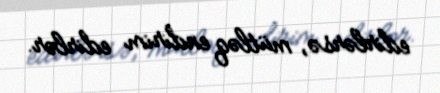
edirlərsə, mütləq endirim edirlər.